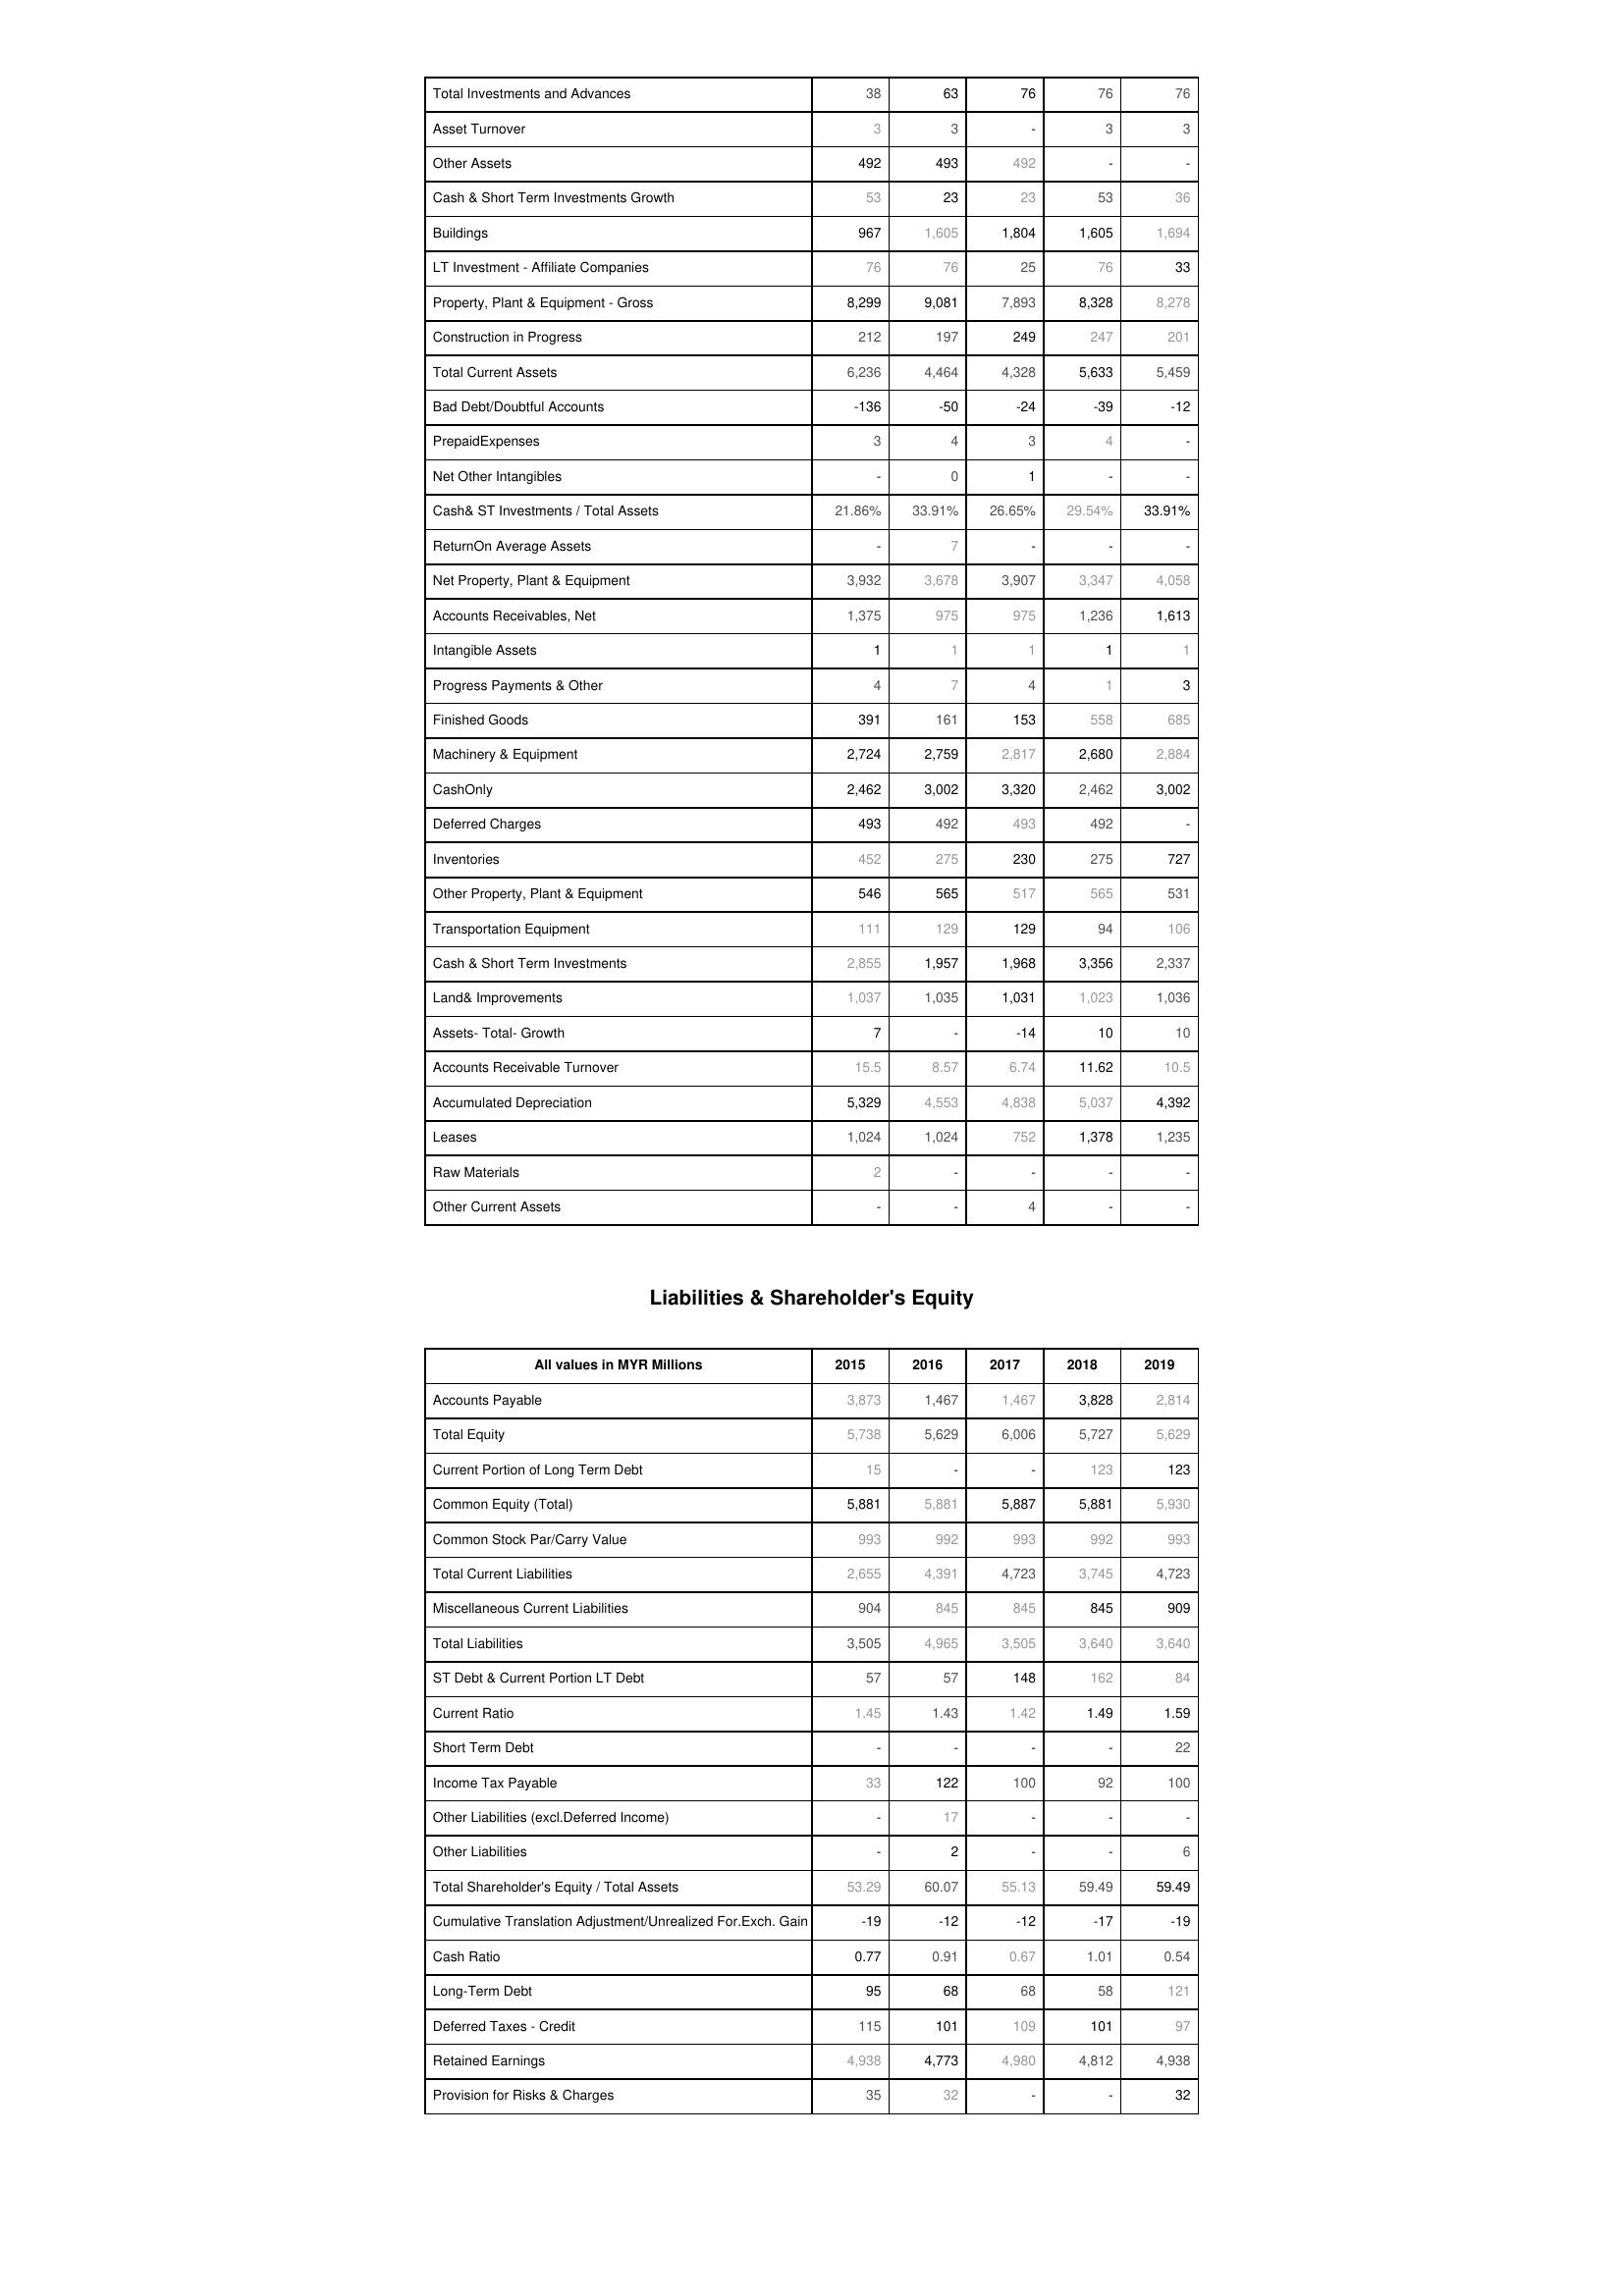
2015: Assets: Total Investments and Advances: 38
Asset Turnover: 3
Other Assets: 492
Cash & Short Term Investments Growth: 53
Buildings: 967
LT Investment - Affiliate Companies: 76
Property, Plant & Equipment - Gross : 8,299
Construction in Progress: 212
Total Current Assets: 6,236
Bad Debt/Doubtful Accounts: -136
PrepaidExpenses: 3
Net Other Intangibles: -
Cash& ST Investments / Total Assets: 21.86%
ReturnOn Average Assets: -
Net Property, Plant & Equipment: 3,932
Accounts Receivables, Net: 1,375
Intangible Assets: 1
Progress Payments & Other: 4
Finished Goods: 391
Machinery & Equipment: 2,724
CashOnly: 2,462
Deferred Charges: 493
Inventories: 452
Other Property, Plant & Equipment: 546
Transportation Equipment: 111
Cash & Short Term Investments: 2,855
Land& Improvements: 1,037
Assets- Total- Growth: 7
Accounts Receivable Turnover: 15.5
Accumulated Depreciation: 5,329
Leases: 1,024
Raw Materials: 2
Other Current Assets: -
Liabilities & Shareholder's Equity: Accounts Payable: 3,873
Total Equity: 5,738
Current Portion of Long Term Debt: 15
Common Equity (Total): 5,881
Common Stock Par/Carry Value: 993
Total Current Liabilities: 2,655
Miscellaneous Current Liabilities: 904
Total Liabilities: 3,505
ST Debt & Current Portion LT Debt: 57
Current Ratio: 1.45
Short Term Debt: -
Income Tax Payable: 33
Other Liabilities (excl.Deferred Income): -
Other Liabilities: -
Total Shareholder's Equity / Total Assets: 53.29
Cumulative Translation Adjustment/Unrealized For.Exch. Gain: -19
Cash Ratio: 0.77
Long-Term Debt: 95
Deferred Taxes - Credit: 115
Retained Earnings: 4,938
Provision for Risks & Charges: 35
2016: Assets: Total Investments and Advances: 63
Asset Turnover: 3
Other Assets: 493
Cash & Short Term Investments Growth: 23
Buildings: 1,605
LT Investment - Affiliate Companies: 76
Property, Plant & Equipment - Gross : 9,081
Construction in Progress: 197
Total Current Assets: 4,464
Bad Debt/Doubtful Accounts: -50
PrepaidExpenses: 4
Net Other Intangibles: 0
Cash& ST Investments / Total Assets: 33.91%
ReturnOn Average Assets: 7
Net Property, Plant & Equipment: 3,678
Accounts Receivables, Net: 975
Intangible Assets: 1
Progress Payments & Other: 7
Finished Goods: 161
Machinery & Equipment: 2,759
CashOnly: 3,002
Deferred Charges: 492
Inventories: 275
Other Property, Plant & Equipment: 565
Transportation Equipment: 129
Cash & Short Term Investments: 1,957
Land& Improvements: 1,035
Assets- Total- Growth: -
Accounts Receivable Turnover: 8.57
Accumulated Depreciation: 4,553
Leases: 1,024
Raw Materials: -
Other Current Assets: -
Liabilities & Shareholder's Equity: Accounts Payable: 1,467
Total Equity: 5,629
Current Portion of Long Term Debt: -
Common Equity (Total): 5,881
Common Stock Par/Carry Value: 992
Total Current Liabilities: 4,391
Miscellaneous Current Liabilities: 845
Total Liabilities: 4,965
ST Debt & Current Portion LT Debt: 57
Current Ratio: 1.43
Short Term Debt: -
Income Tax Payable: 122
Other Liabilities (excl.Deferred Income): 17
Other Liabilities: 2
Total Shareholder's Equity / Total Assets: 60.07
Cumulative Translation Adjustment/Unrealized For.Exch. Gain: -12
Cash Ratio: 0.91
Long-Term Debt: 68
Deferred Taxes - Credit: 101
Retained Earnings: 4,773
Provision for Risks & Charges: 32
2017: Assets: Total Investments and Advances: 76
Asset Turnover: -
Other Assets: 492
Cash & Short Term Investments Growth: 23
Buildings: 1,804
LT Investment - Affiliate Companies: 25
Property, Plant & Equipment - Gross : 7,893
Construction in Progress: 249
Total Current Assets: 4,328
Bad Debt/Doubtful Accounts: -24
PrepaidExpenses: 3
Net Other Intangibles: 1
Cash& ST Investments / Total Assets: 26.65%
ReturnOn Average Assets: -
Net Property, Plant & Equipment: 3,907
Accounts Receivables, Net: 975
Intangible Assets: 1
Progress Payments & Other: 4
Finished Goods: 153
Machinery & Equipment: 2,817
CashOnly: 3,320
Deferred Charges: 493
Inventories: 230
Other Property, Plant & Equipment: 517
Transportation Equipment: 129
Cash & Short Term Investments: 1,968
Land& Improvements: 1,031
Assets- Total- Growth: -14
Accounts Receivable Turnover: 6.74
Accumulated Depreciation: 4,838
Leases: 752
Raw Materials: -
Other Current Assets: 4
Liabilities & Shareholder's Equity: Accounts Payable: 1,467
Total Equity: 6,006
Current Portion of Long Term Debt: -
Common Equity (Total): 5,887
Common Stock Par/Carry Value: 993
Total Current Liabilities: 4,723
Miscellaneous Current Liabilities: 845
Total Liabilities: 3,505
ST Debt & Current Portion LT Debt: 148
Current Ratio: 1.42
Short Term Debt: -
Income Tax Payable: 100
Other Liabilities (excl.Deferred Income): -
Other Liabilities: -
Total Shareholder's Equity / Total Assets: 55.13
Cumulative Translation Adjustment/Unrealized For.Exch. Gain: -12
Cash Ratio: 0.67
Long-Term Debt: 68
Deferred Taxes - Credit: 109
Retained Earnings: 4,980
Provision for Risks & Charges: -
2018: Assets: Total Investments and Advances: 76
Asset Turnover: 3
Other Assets: -
Cash & Short Term Investments Growth: 53
Buildings: 1,605
LT Investment - Affiliate Companies: 76
Property, Plant & Equipment - Gross : 8,328
Construction in Progress: 247
Total Current Assets: 5,633
Bad Debt/Doubtful Accounts: -39
PrepaidExpenses: 4
Net Other Intangibles: -
Cash& ST Investments / Total Assets: 29.54%
ReturnOn Average Assets: -
Net Property, Plant & Equipment: 3,347
Accounts Receivables, Net: 1,236
Intangible Assets: 1
Progress Payments & Other: 1
Finished Goods: 558
Machinery & Equipment: 2,680
CashOnly: 2,462
Deferred Charges: 492
Inventories: 275
Other Property, Plant & Equipment: 565
Transportation Equipment: 94
Cash & Short Term Investments: 3,356
Land& Improvements: 1,023
Assets- Total- Growth: 10
Accounts Receivable Turnover: 11.62
Accumulated Depreciation: 5,037
Leases: 1,378
Raw Materials: -
Other Current Assets: -
Liabilities & Shareholder's Equity: Accounts Payable: 3,828
Total Equity: 5,727
Current Portion of Long Term Debt: 123
Common Equity (Total): 5,881
Common Stock Par/Carry Value: 992
Total Current Liabilities: 3,745
Miscellaneous Current Liabilities: 845
Total Liabilities: 3,640
ST Debt & Current Portion LT Debt: 162
Current Ratio: 1.49
Short Term Debt: -
Income Tax Payable: 92
Other Liabilities (excl.Deferred Income): -
Other Liabilities: -
Total Shareholder's Equity / Total Assets: 59.49
Cumulative Translation Adjustment/Unrealized For.Exch. Gain: -17
Cash Ratio: 1.01
Long-Term Debt: 58
Deferred Taxes - Credit: 101
Retained Earnings: 4,812
Provision for Risks & Charges: -
2019: Assets: Total Investments and Advances: 76
Asset Turnover: 3
Other Assets: -
Cash & Short Term Investments Growth: 36
Buildings: 1,694
LT Investment - Affiliate Companies: 33
Property, Plant & Equipment - Gross : 8,278
Construction in Progress: 201
Total Current Assets: 5,459
Bad Debt/Doubtful Accounts: -12
PrepaidExpenses: -
Net Other Intangibles: -
Cash& ST Investments / Total Assets: 33.91%
ReturnOn Average Assets: -
Net Property, Plant & Equipment: 4,058
Accounts Receivables, Net: 1,613
Intangible Assets: 1
Progress Payments & Other: 3
Finished Goods: 685
Machinery & Equipment: 2,884
CashOnly: 3,002
Deferred Charges: -
Inventories: 727
Other Property, Plant & Equipment: 531
Transportation Equipment: 106
Cash & Short Term Investments: 2,337
Land& Improvements: 1,036
Assets- Total- Growth: 10
Accounts Receivable Turnover: 10.5
Accumulated Depreciation: 4,392
Leases: 1,235
Raw Materials: -
Other Current Assets: -
Liabilities & Shareholder's Equity: Accounts Payable: 2,814
Total Equity: 5,629
Current Portion of Long Term Debt: 123
Common Equity (Total): 5,930
Common Stock Par/Carry Value: 993
Total Current Liabilities: 4,723
Miscellaneous Current Liabilities: 909
Total Liabilities: 3,640
ST Debt & Current Portion LT Debt: 84
Current Ratio: 1.59
Short Term Debt: 22
Income Tax Payable: 100
Other Liabilities (excl.Deferred Income): -
Other Liabilities: 6
Total Shareholder's Equity / Total Assets: 59.49
Cumulative Translation Adjustment/Unrealized For.Exch. Gain: -19
Cash Ratio: 0.54
Long-Term Debt: 121
Deferred Taxes - Credit: 97
Retained Earnings: 4,938
Provision for Risks & Charges: 32